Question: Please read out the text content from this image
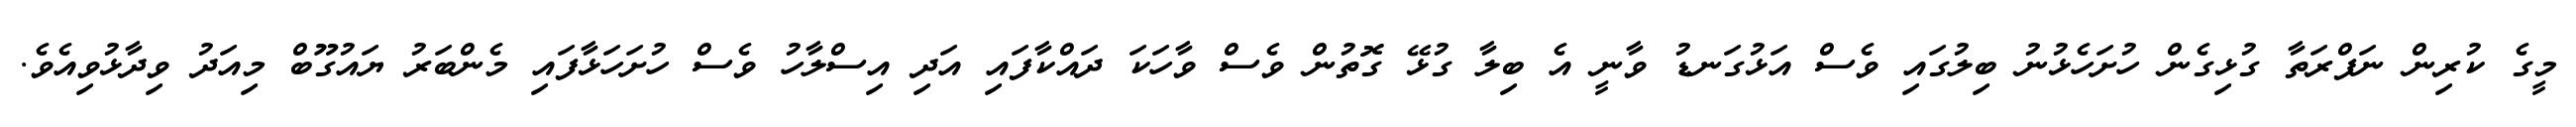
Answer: މީގެ ކުރިން ނަފްރަތާ ގުޅިގެން ހުށަހެޅުނު ބިލުގައި ވެސް އަޅުގަނޑު ވާނީ އެ ބިލާ ގުޅޭ ގޮތުން ވެސް ވާހަކަ ދައްކާފައި އަދި އިސްލާހު ވެސް ހުށަހަޅާފައި މެންބަރު ޔައުގޫބް މިއަދު ވިދާޅުވިއެވެ.